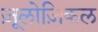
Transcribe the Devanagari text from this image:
ज़ूलोज़िकल